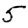
Digit: 5